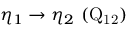
\eta _ { 1 } \rightarrow \eta _ { 2 } ~ ( \mathrm { Q _ { 1 2 } } )